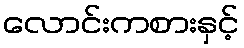
လောင်းကစားနှင့်